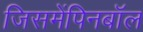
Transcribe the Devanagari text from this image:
जिसमेंपिनबॉल